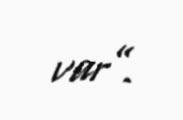
var”.